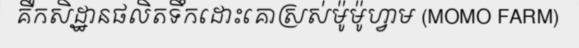
គឺកសិដ្ឋានផលិតទឹកដោះគោស្រស់ម៉ូម៉ូហ្វាម (MOMO FARM)